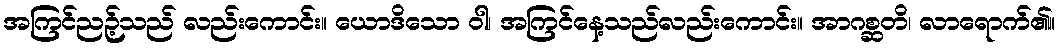
အကြင်ညဉ့်သည် လည်းကောင်း။ ယောဒိသော ဝါ၊ အကြင်နေ့သည်လည်းကောင်း။ အာဂစ္ဆတိ၊ လာရောက်၏။